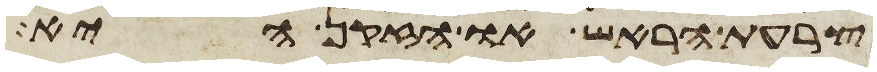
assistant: צרעת הראש או הזקן היא